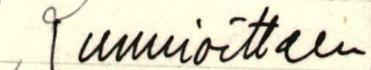
, Kunnioittaen